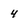
Character: 4